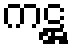
ကဋ္ဌ